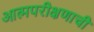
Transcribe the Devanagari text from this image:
आत्मपरीक्षणाची